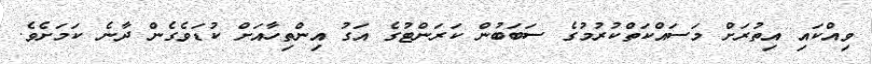
ވިއްކައި އިތުރަށް މަސައްކަތްކުރުމުގެ ސަބަބުން ކަރަންޓުގެ އަގު އިންތިހާއަށް ކުޑަވެގެން ދާނެ ކަމަށެވެ.